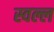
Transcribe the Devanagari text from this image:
स्वल्ल